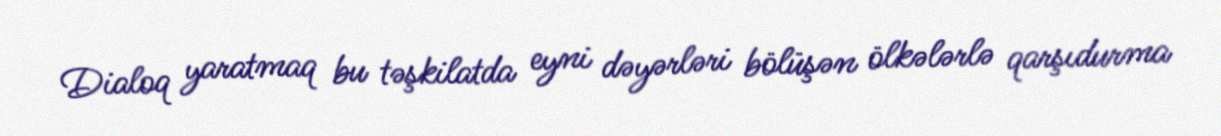
Dialoq yaratmaq bu təşkilatda eyni dəyərləri bölüşən ölkələrlə qarşıdurma